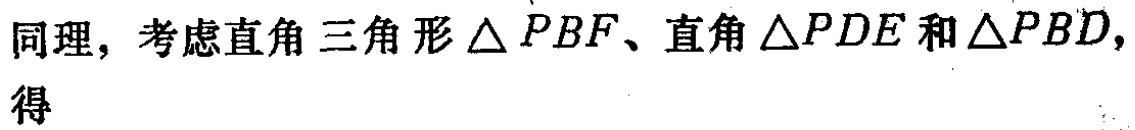
同理，考虑直角三角形$\triangle PBF$、直角$\triangle PDE$和$\triangle PBD$，得